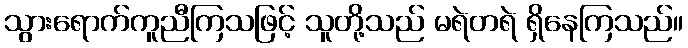
သွားရောက်ကူညီကြသဖြင့် သူတို့သည် မရဲတရဲ ရှိနေကြသည်။